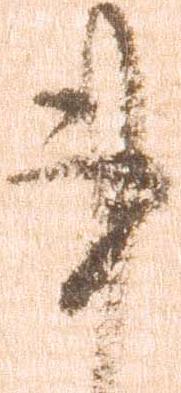
事